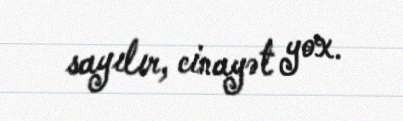
sayılır, cinayət yox.